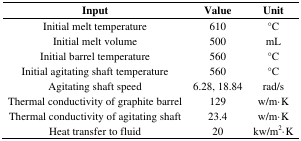
| Input | Value | Unit |
 | --- | --- | --- |
 | Initial melt temperature | 610 | °C |
 | Initial melt volume | 500 | mL |
 | Initial barrel temperature | 560 | °C |
 | Initial agitating shaft temperature | 560 | °C |
 | Agitating shaft speed | 6.28, 18.84 | rad/s |
 | Thermal conductivity of graphite barrel | 129 | w/m·K |
 | Thermal conductivity of agitating shaft | 23.4 | w/m·K |
 | Heat transfer to fluid | 20 | kw/m2·K |